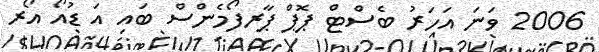
2006 ވަނަ އަހަރު ބެސްޓް ޕޮޕް ޕާރފޯމެންސް ބައި އަ ޑުއޯ އޯރ